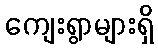
ကျေးရွာများရှိ